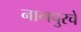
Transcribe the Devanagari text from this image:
नागपुरचे